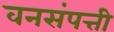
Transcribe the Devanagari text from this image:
वनसंपत्ती